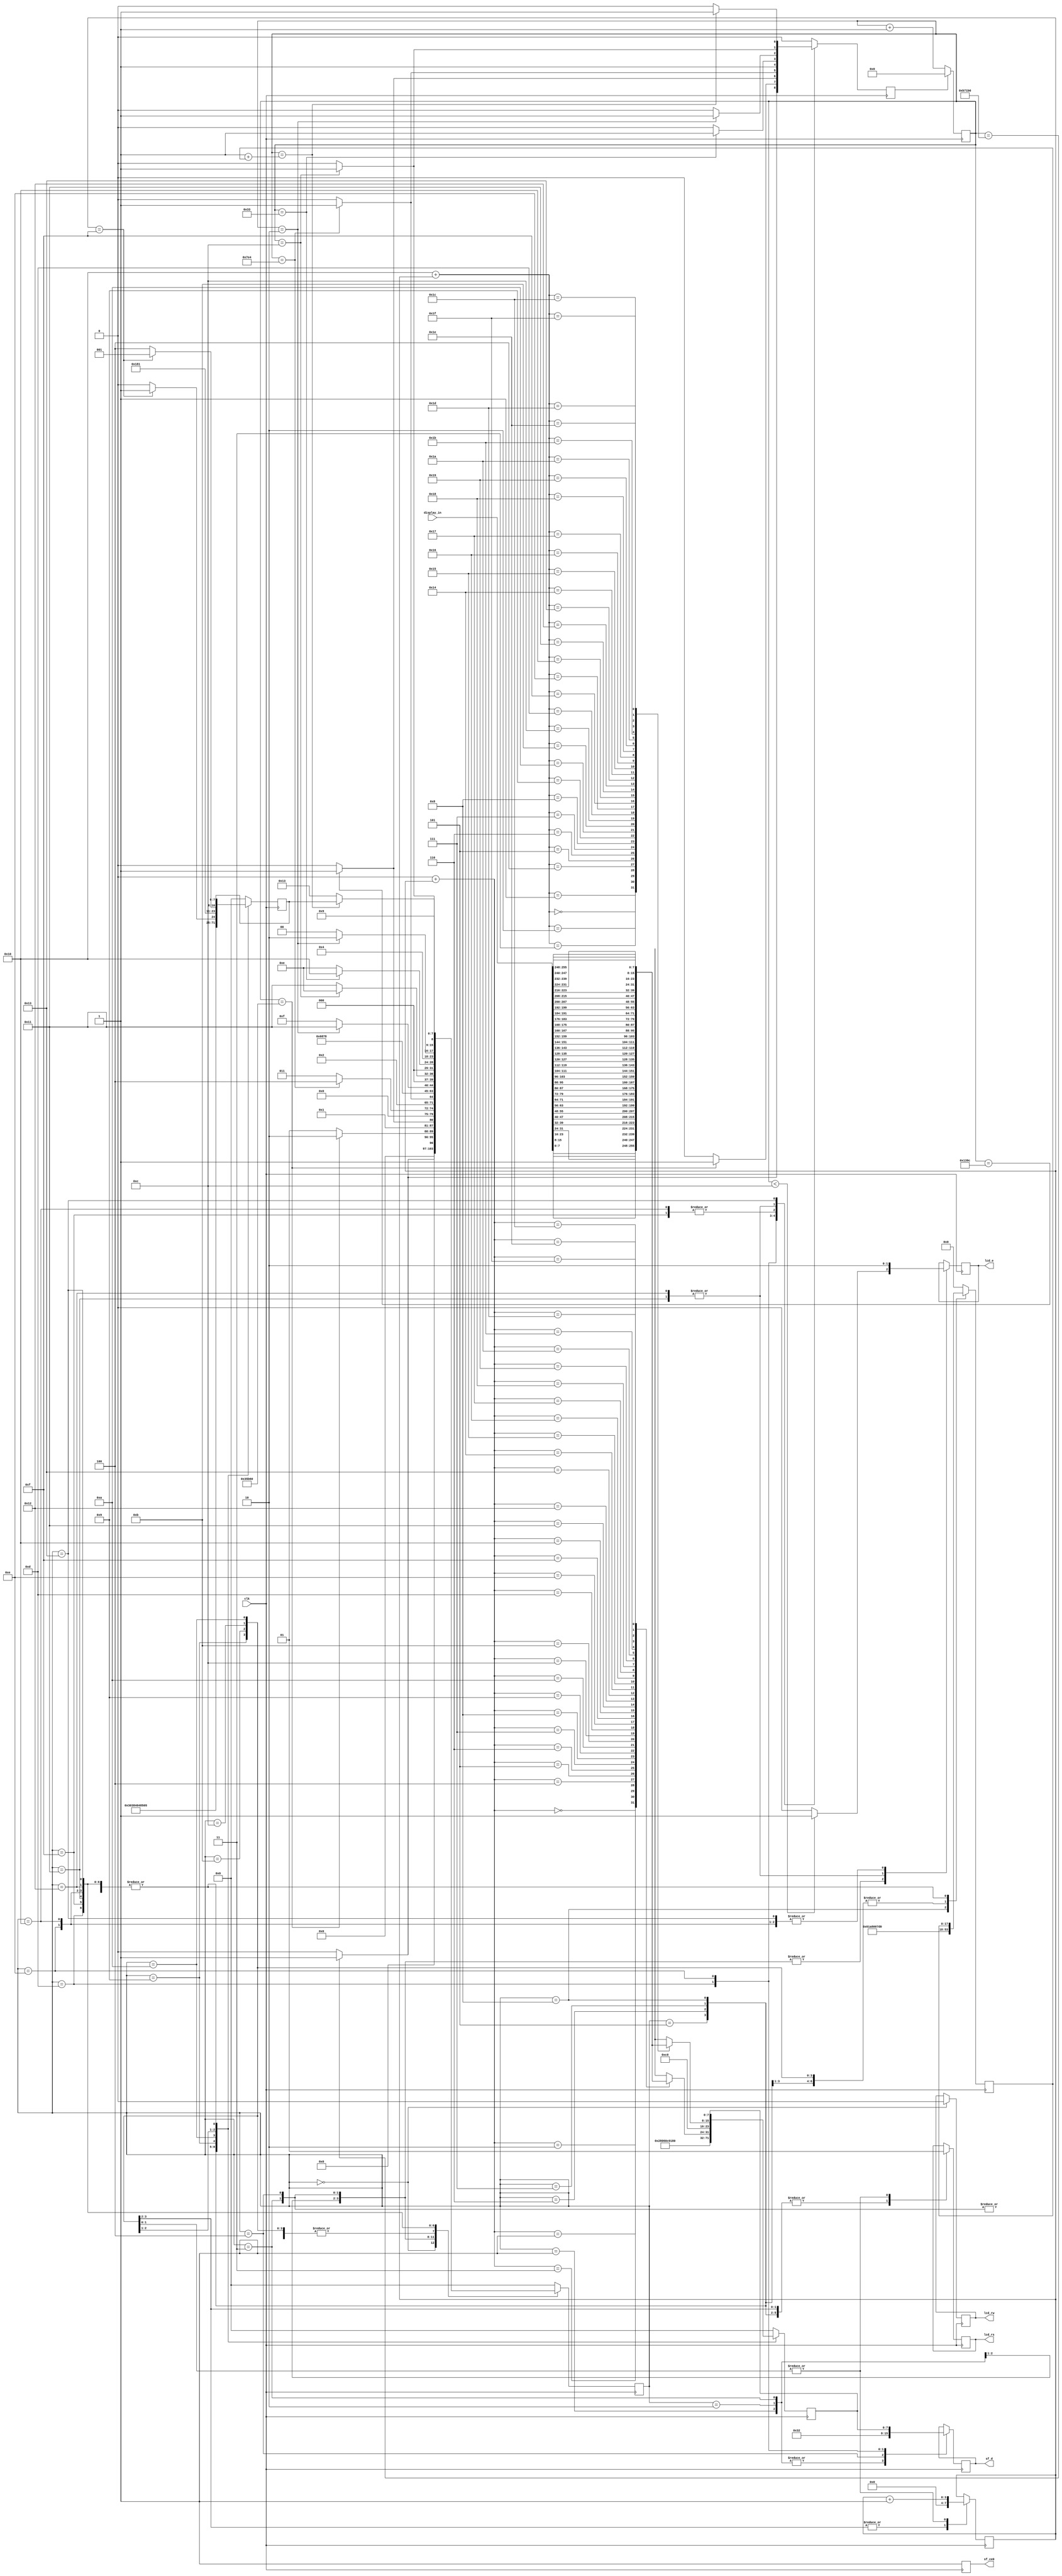
`timescale 1ns / 1ps
//////////////////////////////////////////////////////////////////////////////////
// Module Name:    lcd
// Description: Arhitectura Calculatoarelor - Calculatorul Didactic
//              Interfata LCD
//////////////////////////////////////////////////////////////////////////////////
module lcd_display(
    output reg [3:0] sf_d,  // data bits
    output reg lcd_e,       // read/write enable
    output reg lcd_rs,      // register select
    output reg lcd_rw,      // read/write control
    output reg sf_ce0,      // enable/disable StrataFlash (High -> disabled)
    input [2*8*16-1 : 0] display_in,
    input clk);

`define INIT_STEP_1         0
`define INIT_STEP_2         1
`define INIT_STEP_3         2
`define INIT_STEP_4         3
`define INIT_STEP_5         4
`define FUNCTION_SET        5
`define ENTRY_MODE_SET      6
`define DISPLAY_ON          7
`define CLEAR_DISPLAY       8
`define CURSOR_ROW1         9
`define ROW1                10
`define CURSOR_ROW2         11
`define ROW2                12
`define WRITE_SETDATA1      13
`define WRITE_SETDATA2      14
`define WRITE_SETUP1        15
`define WRITE_SETUP2        16
`define WRITE_ENABLE1       17
`define WRITE_ENABLE2       18
`define WRITE_WAIT          19

reg[3:0] column = 0;
wire[7:0] display[31:0];

reg[7:0] state = `INIT_STEP_1;
reg[7:0] after_write_state = 0;

reg[19:0] counter = 0; 	    // used for counting the clock cycles
reg reset_counter = 0;      // 1 - reset the counter

reg[7:0] data;              // the byte that needs to be sent to the lcd controller
reg[17:0] no_cycles;        // number of cycles to wait between commands

assign display[ 0] = display_in[ 0*8+7 :  0*8];
assign display[ 1] = display_in[ 1*8+7 :  1*8];
assign display[ 2] = display_in[ 2*8+7 :  2*8];
assign display[ 3] = display_in[ 3*8+7 :  3*8];
assign display[ 4] = display_in[ 4*8+7 :  4*8];
assign display[ 5] = display_in[ 5*8+7 :  5*8];
assign display[ 6] = display_in[ 6*8+7 :  6*8];
assign display[ 7] = display_in[ 7*8+7 :  7*8];
assign display[ 8] = display_in[ 8*8+7 :  8*8];
assign display[ 9] = display_in[ 9*8+7 :  9*8];
assign display[10] = display_in[10*8+7 : 10*8];
assign display[11] = display_in[11*8+7 : 11*8];
assign display[12] = display_in[12*8+7 : 12*8];
assign display[13] = display_in[13*8+7 : 13*8];
assign display[14] = display_in[14*8+7 : 14*8];
assign display[15] = display_in[15*8+7 : 15*8];
assign display[16] = display_in[16*8+7 : 16*8];
assign display[17] = display_in[17*8+7 : 17*8];
assign display[18] = display_in[18*8+7 : 18*8];
assign display[19] = display_in[19*8+7 : 19*8];
assign display[20] = display_in[20*8+7 : 20*8];
assign display[21] = display_in[21*8+7 : 21*8];
assign display[22] = display_in[22*8+7 : 22*8];
assign display[23] = display_in[23*8+7 : 23*8];
assign display[24] = display_in[24*8+7 : 24*8];
assign display[25] = display_in[25*8+7 : 25*8];
assign display[26] = display_in[26*8+7 : 26*8];
assign display[27] = display_in[27*8+7 : 27*8];
assign display[28] = display_in[28*8+7 : 28*8];
assign display[29] = display_in[29*8+7 : 29*8];
assign display[30] = display_in[30*8+7 : 30*8];
assign display[31] = display_in[31*8+7 : 31*8];

always @(posedge clk) begin
    sf_ce0 <= 1;

    if (reset_counter) begin
        counter <= 0;
        reset_counter <= 0;
    end
    else
        counter <= counter + 1;

    case (state)
        /* Power-on INIT */
        `INIT_STEP_1: begin 	// wait 15 ms
            lcd_rs <= 0;
            lcd_e <= 0;
            lcd_rw <= 0;
            if (counter == 750000) begin
                    state <= `INIT_STEP_2;
                    reset_counter <= 1;
            end
            else
                state <= `INIT_STEP_1;
        end

        `INIT_STEP_2: begin 	// write SF_D<11:8> <= 0x3, pulse LCD_E High for 12 clock cycles.
                                // wait 4.1 ms or longer, which is 205,000 clock cycles at 50 MHz.
            sf_d <= 4'h3;
            if (counter < 12) lcd_e <= 1;
            else	lcd_e <= 0;

            if (counter == 220_000)	begin
                    state <= `INIT_STEP_3;
                    reset_counter <= 1;
            end
            else  state <= `INIT_STEP_2;
        end

        `INIT_STEP_3: begin     // write SF_D<11:8> <= 0x3, pulse LCD_E High for 12 clock cycles.
                                // wait 100 us or longer, which is 5,000 clock cycles at 50 MHz.
            sf_d <= 4'h3;
            if (counter < 12) lcd_e <= 1;
            else	lcd_e <= 0;

            if (counter == 5020) begin
                state <= `INIT_STEP_4;
                reset_counter <= 1;
            end
            else state <= `INIT_STEP_3;
        end

        `INIT_STEP_4: begin     // write SF_D<11:8> <= 0x3, pulse LCD_E High for 12 clock cycles.
                                // wait 40 us or longer, which is 2,000 clock cycles at 50 MHz.
            sf_d <= 4'h3;
            if (counter < 12) lcd_e <= 1;
            else	lcd_e <= 0;

            if (counter == 2020) begin
                state <= `INIT_STEP_5;
                reset_counter <= 1;
            end
            else state <= `INIT_STEP_4;
        end

        `INIT_STEP_5: begin     // write SF_D<11:8> <= 0x2, pulse LCD_E High for 12 clock cycles.
                                // wait 40 us or longer, which is 2,000 clock cycles at 50 MHz.
            sf_d <= 4'h2;
            if (counter < 12) lcd_e <= 1;
            else	lcd_e <= 0;

            if (counter == 2020) begin
                state <= `FUNCTION_SET;
                reset_counter <= 1;
            end
            else state <= `INIT_STEP_5;
        end

            /* Display configuration */

        `FUNCTION_SET: begin
            data <= 8'h28;      // Function Set command code
            no_cycles <= 2000;
            lcd_rs <= 0;
            state <= `WRITE_SETDATA1;
            after_write_state <= `ENTRY_MODE_SET;
        end

        `ENTRY_MODE_SET: begin
            data <= 8'h06;      // Entry Mode Set command code, enable cursor auto-increment
            no_cycles <= 2000;
            lcd_rs <= 0;
            state <= `WRITE_SETDATA1;
            after_write_state <= `DISPLAY_ON;
        end

        `DISPLAY_ON: begin
            //		- Display characters stored in DD RAM
            //		- No cursor
            //		- No cursor blinking
            data <= 8'h0c;      // Display On command code
            no_cycles <= 2000;
            lcd_rs <= 0;
            state <= `WRITE_SETDATA1;
            after_write_state <= `CLEAR_DISPLAY;
        end

        `CLEAR_DISPLAY: begin
            data <= 8'h01;      // Clear Display command code
            no_cycles <= 100_000;
            lcd_rs <= 0;
            state <= `WRITE_SETDATA1;
            after_write_state <= `CURSOR_ROW1;
        end

        /* Display write */

        `CURSOR_ROW1: begin
            data <= {1'b1, 7'h00};
            no_cycles <= 2_000;
            lcd_rs <= 0;
            state <= `WRITE_SETDATA1;
            column <= 0;
            after_write_state <= `ROW1;
        end

        `ROW1: begin
            data <= display[0 + column];
            no_cycles <= 2_000;
            lcd_rs <= 1;
            state <= `WRITE_SETDATA1;
            column <= column + 1;
            if(column == 15)
                after_write_state <= `CURSOR_ROW2;
            else
                after_write_state <= `ROW1;
        end

        `CURSOR_ROW2: begin
            data <= {1'b1, 7'h40};
            no_cycles <= 2_000;
            lcd_rs <= 0;
            state <= `WRITE_SETDATA1;
            column <= 0;
            after_write_state <= `ROW2;
        end

        `ROW2: begin
            data <= display[16 + column];
            no_cycles <= 2_000;
            lcd_rs <= 1;
            state <= `WRITE_SETDATA1;
            column <= column + 1;
            if(column == 15)
                after_write_state <= `CURSOR_ROW1;
            else
                after_write_state <= `ROW2;
        end

        /* Data transfer */

        `WRITE_SETDATA1: begin
            lcd_e <= 0;
            // put on the data lines (sf_d) the first half of the data that needs to be sent
            sf_d <= data[7:4];
            state <= `WRITE_SETUP1;
            reset_counter <= 1;
        end

        `WRITE_SETUP1: begin
            lcd_e <= 0;
            // control signals must be set up and stable at least 40 ns
            if (counter == 2) begin
                state <= `WRITE_ENABLE1;
                reset_counter <= 1;
            end
            else state <= `WRITE_SETUP1;
        end

        `WRITE_ENABLE1: begin
            lcd_e <= 1;
            // enable signal must remain High for 230 ns or longer
            if (counter == 12) begin
                state <= `WRITE_SETDATA2;
                reset_counter <= 1;
            end
            else state <= `WRITE_ENABLE1;
        end

        `WRITE_SETDATA2: begin
            // put on the data lines (sf_d) the second half of the data that needs to be sent
            sf_d <= data[3:0];
            lcd_e <= 0;
            // wait at least 1us before transferring the data
            if (counter == 51) begin
                state <= `WRITE_SETUP2;
                reset_counter <= 1;
            end
            else state <= `WRITE_SETDATA2;
        end

        `WRITE_SETUP2: begin
            lcd_e <= 0;
            // control signals must be set up and stable at least 40 ns
            if (counter == 2) begin
                state <= `WRITE_ENABLE2;
                reset_counter <= 1;
            end
            else state <= `WRITE_SETUP2;
        end

        `WRITE_ENABLE2: begin
            lcd_e <= 1;
            // enable signal must remain High for 230 ns or longer
            if (counter == 12) begin
                state <= `WRITE_WAIT;
                reset_counter <= 1;
            end
            else state <= `WRITE_ENABLE2;
        end

        `WRITE_WAIT: begin
            lcd_e <= 0;
            // 8-bit write operations must be have 40 us between them
            if (counter == (1 + no_cycles)) begin
                state <= after_write_state;
                reset_counter <= 1;
            end
            else state <= `WRITE_WAIT;
        end

        default: begin                  // should not enter here
            after_write_state <= 0;
            state <= 0;
            data <= 0;
            no_cycles <= 0;
        end
    endcase
end

endmodule